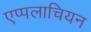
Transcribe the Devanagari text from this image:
एप्पलाचियन